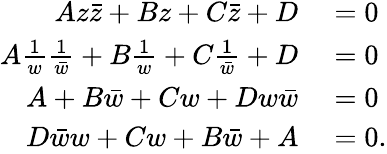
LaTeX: \begin{array}{rl}{Az{\bar{z}}+Bz+C{\bar{z}}+D}&{{}=0}\\ {A{\frac{1}{w}}{\frac{1}{\bar{w}}}+B{\frac{1}{w}}+C{\frac{1}{\bar{w}}}+D}&{{}=0}\\ {A+B{\bar{w}}+Cw+Dw{\bar{w}}}&{{}=0}\\ {D{\bar{w}}w+Cw+B{\bar{w}}+A}&{{}=0.}\end{array}